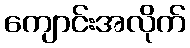
ကျောင်းအလိုက်